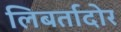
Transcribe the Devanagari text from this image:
लिबर्तादोर